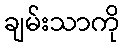
ချမ်းသာကို